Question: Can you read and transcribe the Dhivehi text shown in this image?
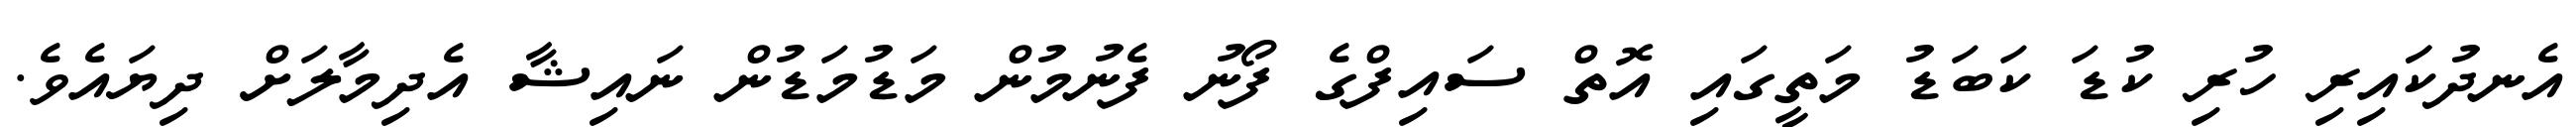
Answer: އެނދުކަައިރި ހުރި ކުޑަ ކަބަޑު މަތީގައި އޮތް ސައިފްގެ ފޯނު ފެނުމުން މަޑުމަޑުން ނައިޝާ އެދިމާލަށް ދިޔައެވެ.